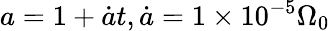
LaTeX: a=1+\dot{a}t,\dot{a}=1\times 10^{-5}\Omega_{0}